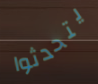
يتحدثوا